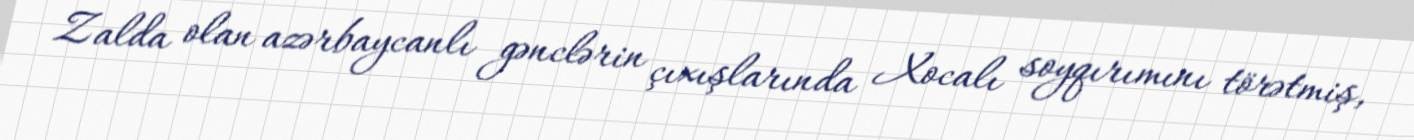
Zalda olan azərbaycanlı gənclərin çıxışlarında Xocalı soyqırımını törətmiş,